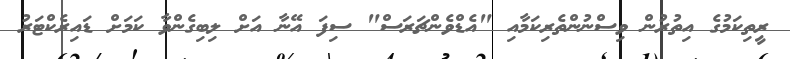
ރީތިކަމުގެ އިތުރުން ވިސްނުންތެރިކަމާއި "އެޑްވެންޗަރަސް" ސިފަ އޭނާ އަށް ލިބިގެންވާ ކަމަށް ޑައިރެކްޓަރު